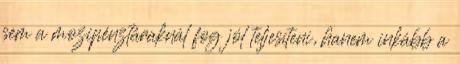
sem a mozipénztáraknál fog jól teljesíteni, hanem inkább a